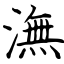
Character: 潕